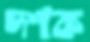
দশক